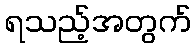
ရသည့်အတွက်